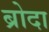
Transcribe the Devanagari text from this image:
ब्रोदा